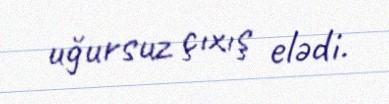
uğursuz çıxış elədi.